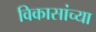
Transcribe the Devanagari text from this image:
विकासांच्या